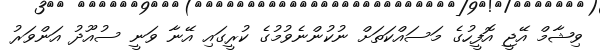
ވިޝާމް އޭޖީ އޮފީހުގެ މަސައްކަތަށް ނުކުންނެވުމުގެ ކުރީގައި އޭނާ ވަނީ ސުއޫދު އަންވަރު